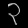
Digit: ၃